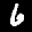
Label: 6